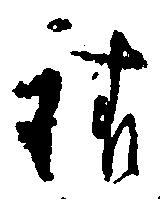
請